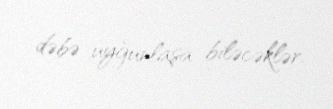
dəbə uyğunlaşa biləcəklər.